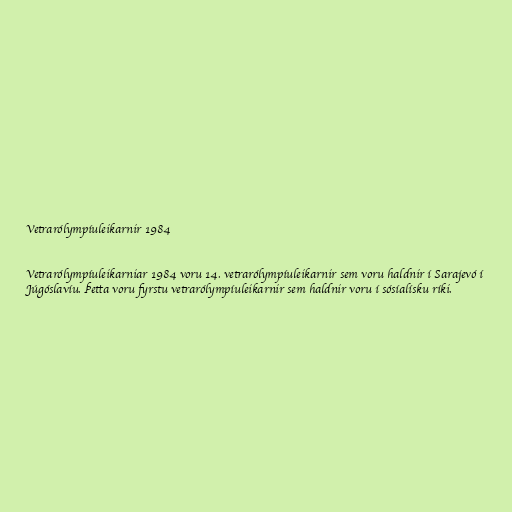
Vetrarólympíuleikarnir 1984

Vetrarólympíuleikarniar 1984 voru 14. vetrarólympíuleikarnir sem voru haldnir í Sarajevó í
Júgóslavíu. Þetta voru fyrstu vetrarólympíuleikarnir sem haldnir voru í sósíalísku ríki.